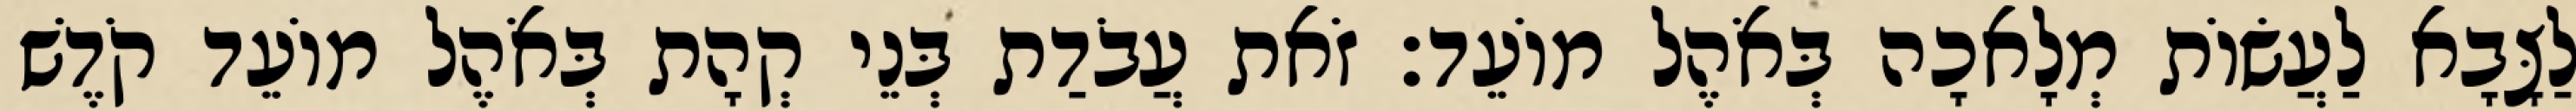
לַצָּבָא לַעֲשׂוֹת מְלָאכָה בְּאֹהֶל מוֹעֵד׃ זֹאת עֲבֹדַת בְּנֵי קְהָת בְּאֹהֶל מוֹעֵד קֹדֶשׁ